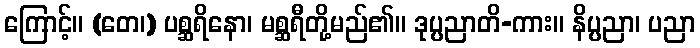
ကြောင့်။ (တေ၊) ပစ္ဆရိနော၊ မစ္ဆရီတို့မည်၏။ ဒုပ္ပညာတိ-ကား။ နိပ္ပညာ၊ ပညာ